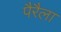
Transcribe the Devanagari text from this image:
पैरैला